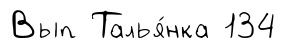
Вып Талья́нка 134